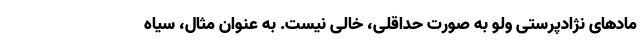
مادهای نژادپرستی ولو به صورت حداقلی، خالی نیست. به عنوان مثال، سیاه